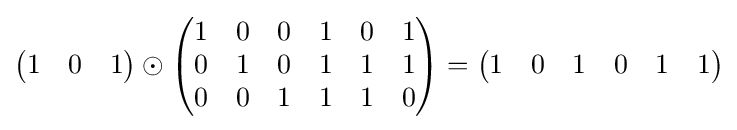
{\begin{pmatrix}1&0&1\\\end{pmatrix}}\odot {\begin{pmatrix}1&0&0&1&0&1\\0&1&0&1&1&1\\0&0&1&1&1&0\\\end{pmatrix}}={\begin{pmatrix}1&0&1&0&1&1\\\end{pmatrix}}